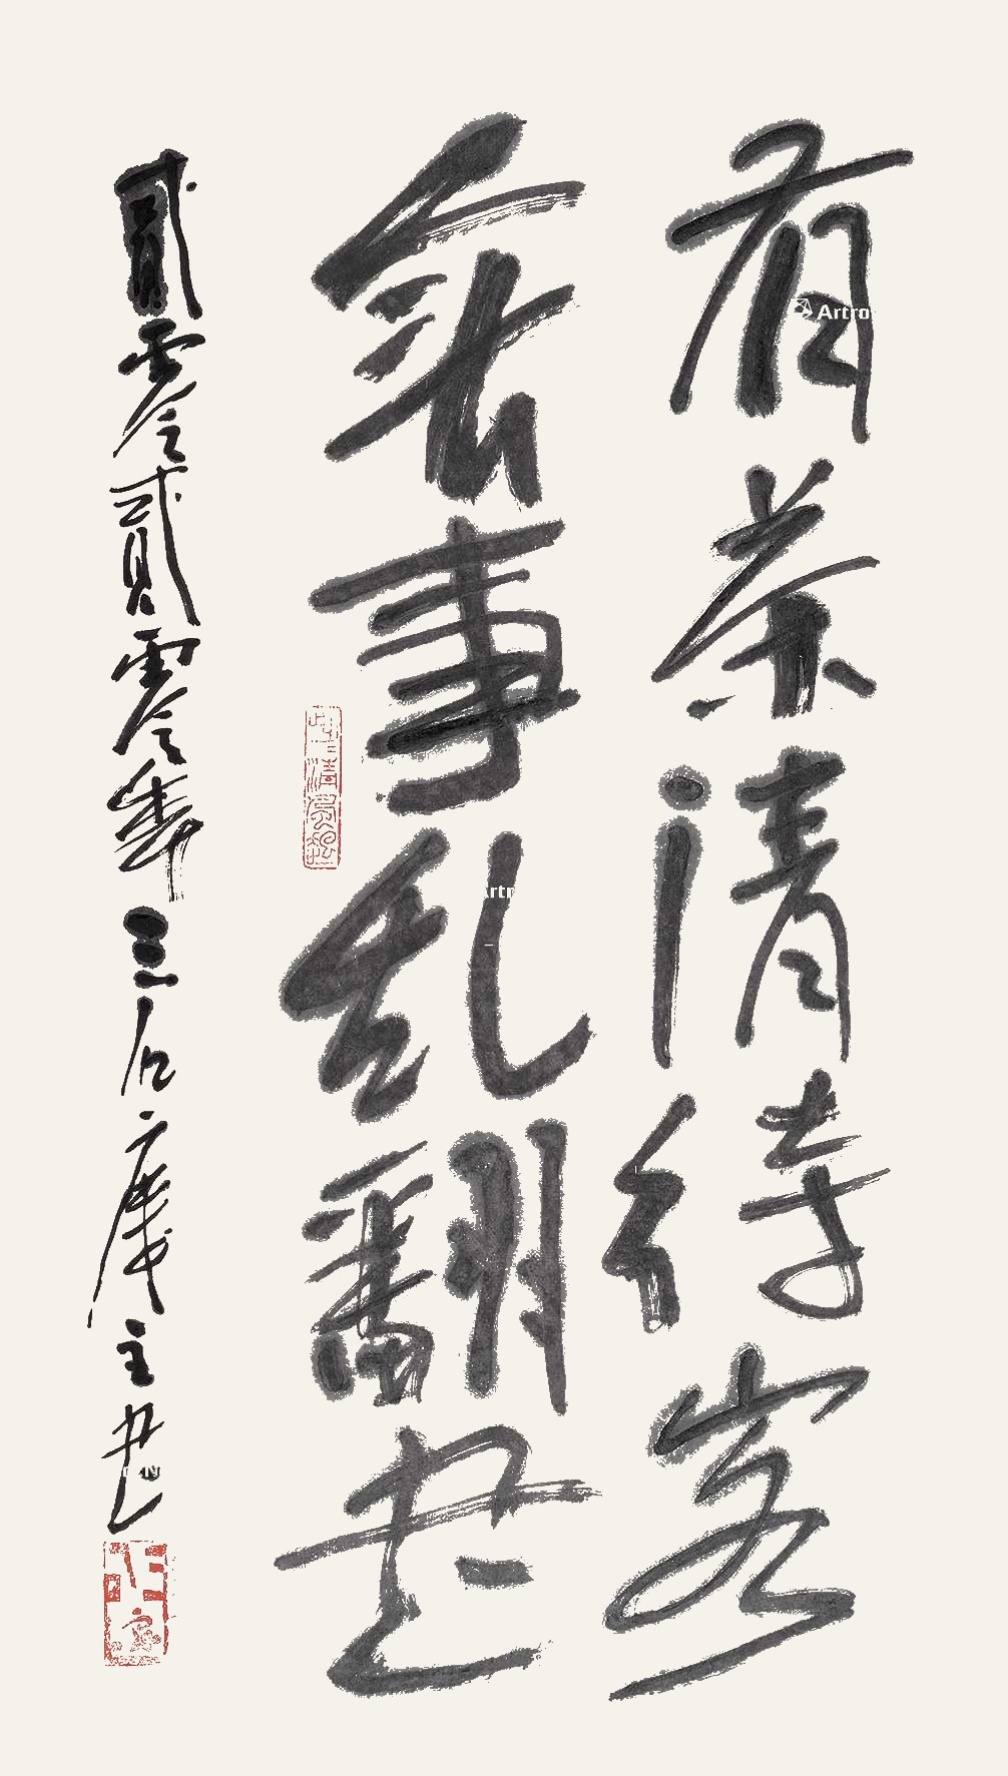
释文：有茶清待客，无事乱翻书。二零二零年三石楼主书。